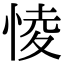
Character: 㥄